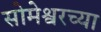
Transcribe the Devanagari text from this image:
सोमेश्वरच्या